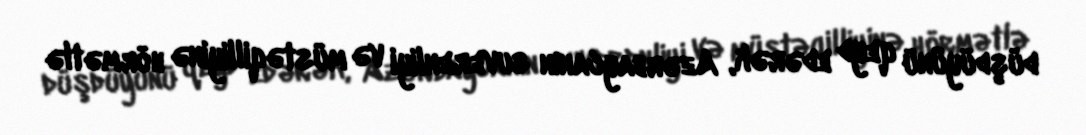
düşdüyünü qeyd edərək, Azərbaycanın suverenliyi və müstəqilliyinə hörmətlə